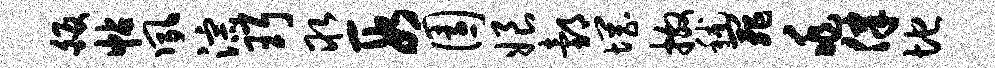
皈帖夙淙珥取段园娘邰惘撒秫罪兆律地